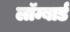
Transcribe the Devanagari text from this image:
लॉम्बार्ड